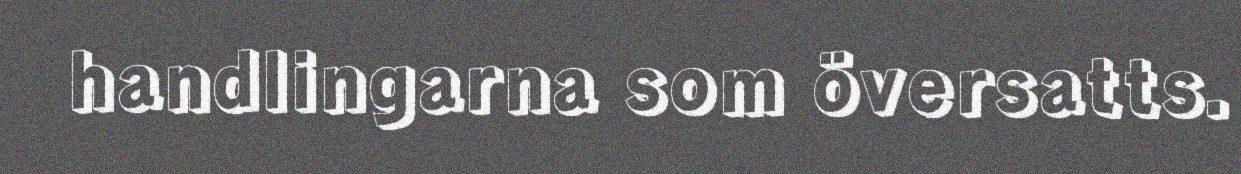
handlingarna som översatts.